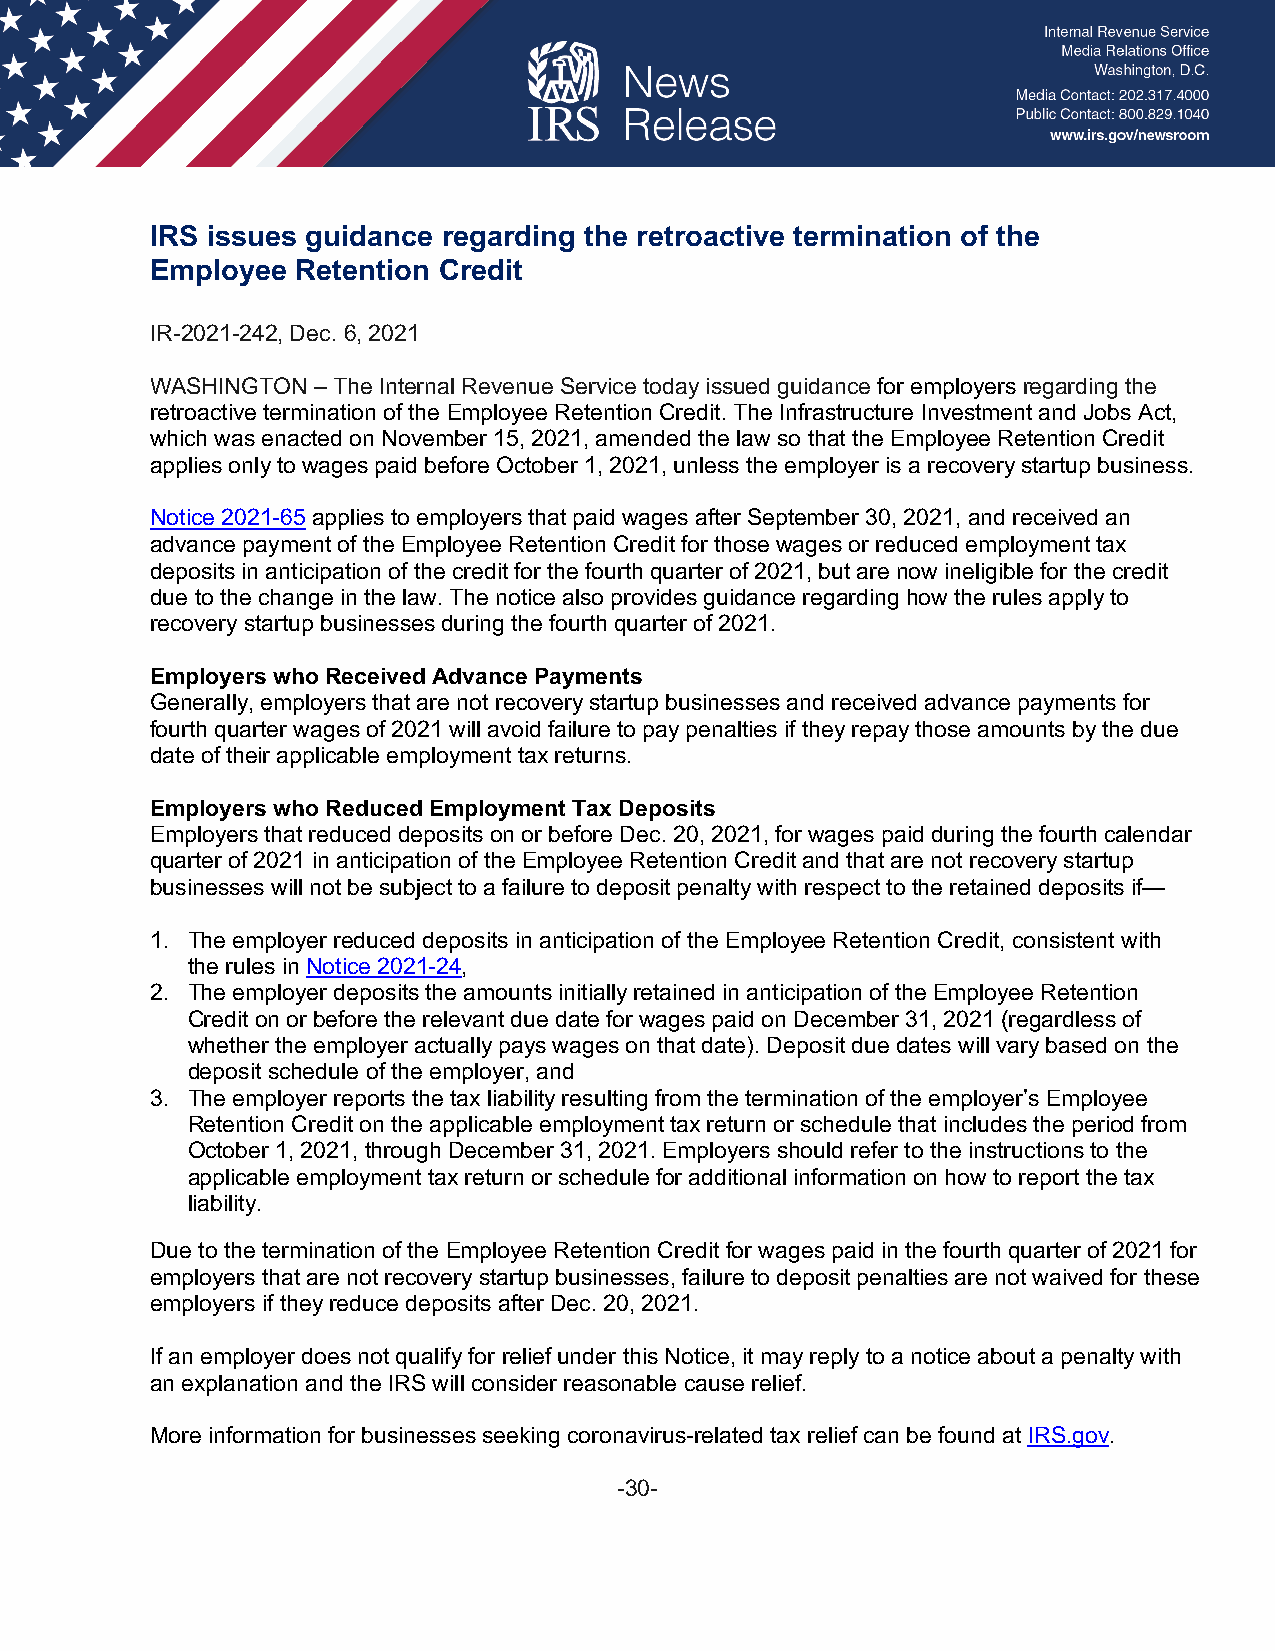
IRS issues guidance regarding the retroactive termination of the
 Employee  Retention Credit
 IR-2021-242, Dec. 6, 2021
 WASHINGTON – The Internal Revenue Service today issued guidance for employers regarding the
 retroactive termination of the Employee Retention Credit. The Infrastructure Investment and Jobs Act,
 which was enacted on November 15, 2021, amended the law so that the Employee Retention Credit
 applies only to wages paid before October 1, 2021, unless the employer is a recovery startup business.
 Notice 2021-65 applies to employers that paid wages after September 30, 2021, and received an
 advance payment of the Employee Retention Credit for those wages or reduced employment tax
 deposits in anticipation of the credit for the fourth quarter of 2021, but are now ineligible for the credit
 due to the change in the law. The notice also provides guidance regarding how the rules apply to
 recovery startup businesses during the fourth quarter of 2021.
 Employers who Received Advance Payments
 Generally, employers that are not recovery startup businesses and received advance payments for
 fourth quarter wages of 2021 will avoid failure to pay penalties if they repay those amounts by the due
 date of their applicable employment tax returns.
 Employers who Reduced Employment Tax Deposits
 Employers that reduced deposits on or before Dec. 20, 2021, for wages paid during the fourth calendar
 quarter of 2021 in anticipation of the Employee Retention Credit and that are not recovery startup
 businesses will not be subject to a failure to deposit penalty with respect to the retained deposits if—
 1. The employer reduced deposits in anticipation of the Employee Retention Credit, consistent with
 the rules in Notice 2021-24,
 2. The employer deposits the amounts initially retained in anticipation of the Employee Retention
 Credit on or before the relevant due date for wages paid on December 31, 2021 (regardless of
 whether the employer actually pays wages on that date). Deposit due dates will vary based on the
 deposit schedule of the employer, and
 3. The employer reports the tax liability resulting from the termination of the employer’s Employee
 Retention Credit on the applicable employment tax return or schedule that includes the period from
 October 1, 2021, through December 31, 2021. Employers should refer to the instructions to the
 applicable employment tax return or schedule for additional information on how to report the tax
 liability.
 Due to the termination of the Employee Retention Credit for wages paid in the fourth quarter of 2021 for
 employers that are not recovery startup businesses, failure to deposit penalties are not waived for these
 employers if they reduce deposits after Dec. 20, 2021.
 If an employer does not qualify for relief under this Notice, it may reply to a notice about a penalty with
 an explanation and the IRS will consider reasonable cause relief.
 More information for businesses seeking coronavirus-related tax relief can be found at IRS.gov.
 -30-